Report on plague and inoculation in the Punjab from October 1st ... to September 30th..., being the ... season of plague in the province
Disease focus: Plague
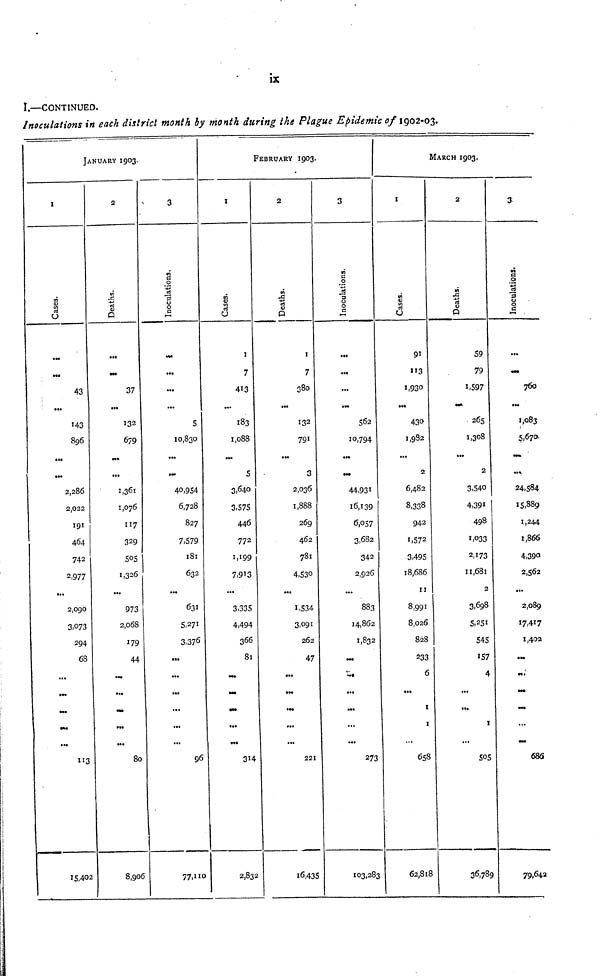
ix
I.—CONTINUED.
Inoculations in each district month by month during the Plague Epidemic of 1902-03.
JANUARY 1903.
1
Cases.
...
...
43
...
143
896
...
...
2,286
2,022
191
464
742
2,977
...
2,090
3,073
294
68
...
...
..
...
...
113
15,402
2
Deaths.
...
...
37
...
132
679
...
...
1,361
1,076
117
329
505
1,326
...
973
2,068
179
44
...
...
...
...
80
8,906
3
Inoculations
...
...
...
...
5
10,830
...
...
40,954
6,728
827
7,579
181
632
...
631
5,271
3,376
...
...
...
...
...
...
96
77,110
FEBRUARY 1903
1
Cases.
1
7
413
...
183
1,088
...
5
3,640
3,575
446
772
1,199
7,913
...
3,335
4,494
366
81
...
...
...
...
...
314
2,832
2
Deaths.
I
7
380
...
132
791
...
3
2,036
1,888
269
462
781
4,530
...
1,534
3,091
262
47
...
...
...
...
...
221
16,43
3
Inoculations.
...
...
...
562
10,794
...
...
44,931
l6,139
6,057
3,682
342
2,026
...
883
14,862
1,832
...
...
...
...
273
103,283
MARCH 1903.
1
Cases
91
113
1,930
...
430
1,982
...
2
6,482
8,338
942
1,572
3,495
18,686
11
8,991
8,026
828
233
6
...
1
1
...
658
62,818
2
Deaths.
59
79
1,597
...
265
1,308
...
2
3,540
4,391
498
1,033
2,173
11,681
2
3,698
5,251
545
157
4
...
...
1
...
505
36,789
3
Inoculations.
...
...
760
...
1,083
5,670
...
...
24,584
15,889
1,244
1,866
4,390
2,562
...
2,089
17,417
1,402
...
•••
...
...
...
...
686
79,642